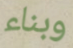
وبناء